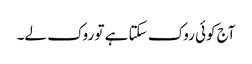
آج کوئی روک سکتا ہے تو روک لے۔